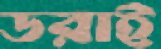
ডরাই